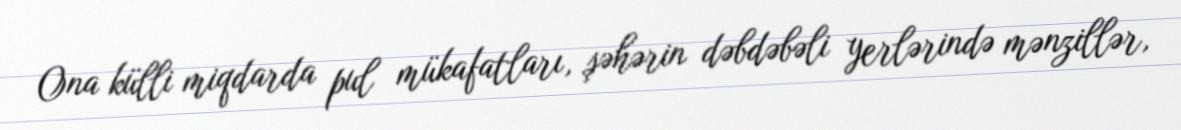
Ona külli miqdarda pul mükafatları, şəhərin dəbdəbəli yerlərində mənzillər,